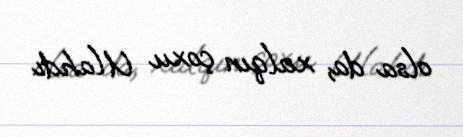
olsa da, xalqın çoxu Ulahdı.